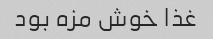
غذا خوش مزه بود